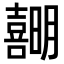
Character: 𪢣